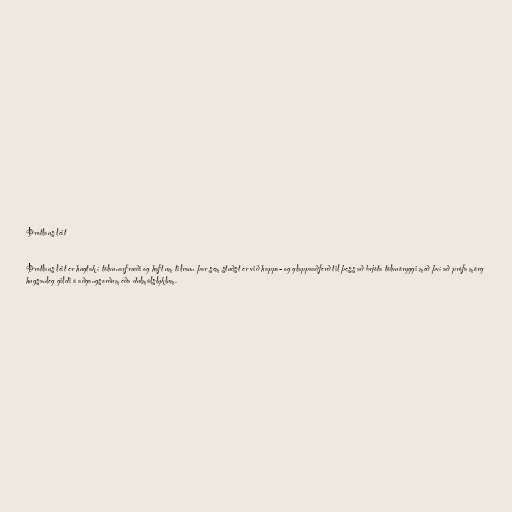
Þrotlaus leit

Þrotlaus leit er hugtak í tölvunarfræði og haft um tilraun þar sem stuðst er við happa- og glappaaðferð til þess að brjóta tölvuöryggi með því að prófa mörg
hugsanleg gildi á aðgangsorðum eða dulmálslyklum.